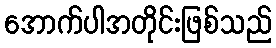
အောက်ပါအတိုင်းဖြစ်သည်